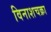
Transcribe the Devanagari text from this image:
विनाशचक्रा